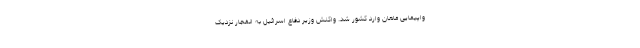
واپیمایی ماهان وارد کشور شد. واکنش وزیر دفاع اسرائیل به انفجار نزدیک